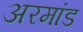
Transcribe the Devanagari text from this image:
अरमांड